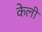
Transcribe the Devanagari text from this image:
केली़